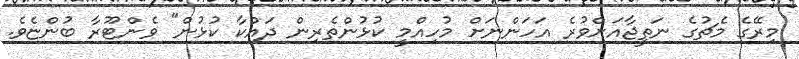
މިރޭގެ މެޗުގެ ނަތީޖާއަށްވުރެ އަހަންނަށް މުހިއްމީ ކުޅުންތެރިން ދައްކާ ކުޅުން" ވެންޓޫރާ ބުންޏެވެ.